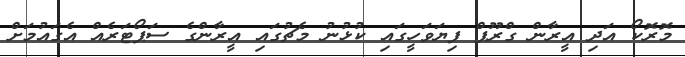
މޮރޮކޯ އަދި އީރާން ގްރޫޕް ފިޔަވަހީގައި ކުޅުނު މެޗުގައި އީރާންްގެ ސަޕޯޓަރެއް އެގައުމަށް